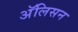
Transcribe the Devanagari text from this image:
अॅलिसन